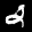
Label: 2